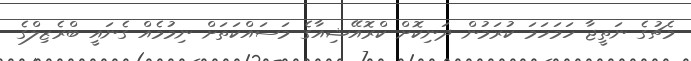
މެޗުގެ ނަތީޖާ ހަމަހަމަ ކުރަމުން ދަނިކޮށް ކްރޮއޭޝިއާގެ މަސައްކަތަށް ނިމުމެއް ގެނައީ ބްރެޒިލްގެ